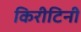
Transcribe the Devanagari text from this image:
किरीटिनी